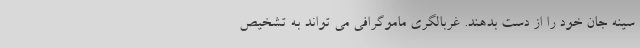
سینه جان خود را از دست بدهند. غربالگری ماموگرافی می تواند به تشخیص